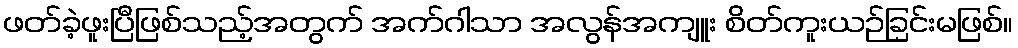
ဖတ်ခဲ့ဖူးပြီဖြစ်သည့်အတွက် အက်ဂါသာ အလွန်အကျူး စိတ်ကူးယဉ်ခြင်းမဖြစ်။